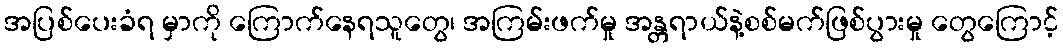
အပြစ်ပေးခံရ မှာကို ကြောက်နေရသူတွေ၊ အကြမ်းဖက်မှု အန္တရာယ်နဲ့စစ်မက်ဖြစ်ပွားမှု တွေကြောင့်